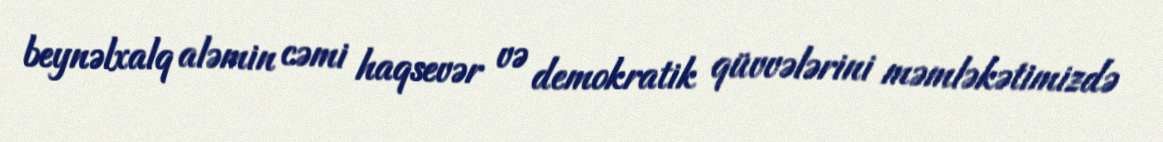
beynəlxalq aləmin cəmi haqsevər və demokratik qüvvələrini məmləkətimizdə